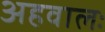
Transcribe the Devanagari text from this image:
अहवालः